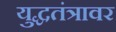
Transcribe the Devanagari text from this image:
युद्धतंत्रावर